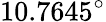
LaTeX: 10.7645^{\circ}